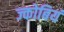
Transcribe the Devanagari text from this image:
ज्कोबियं